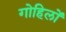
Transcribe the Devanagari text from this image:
गोहिलों